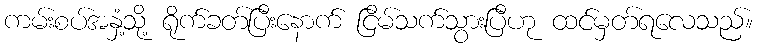
ကမ်းစပ်အနှံ့သို့ ရိုက်ခတ်ပြီးနောက် ငြိမ်သက်သွားပြီဟု ထင်မှတ်ရလေသည်။